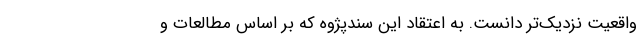
واقعیت نزدیک‌تر دانست. به اعتقاد این سندپژوه که بر اساس مطالعات و